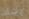
وشك